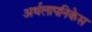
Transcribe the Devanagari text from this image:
अर्थलापनिकेस